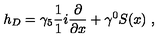
h _ { D } = { \gamma _ { 5 } } \frac { 1 } { 1 } { i } \frac { \partial } { \partial x } + \gamma ^ { 0 } S ( x ) \ ,